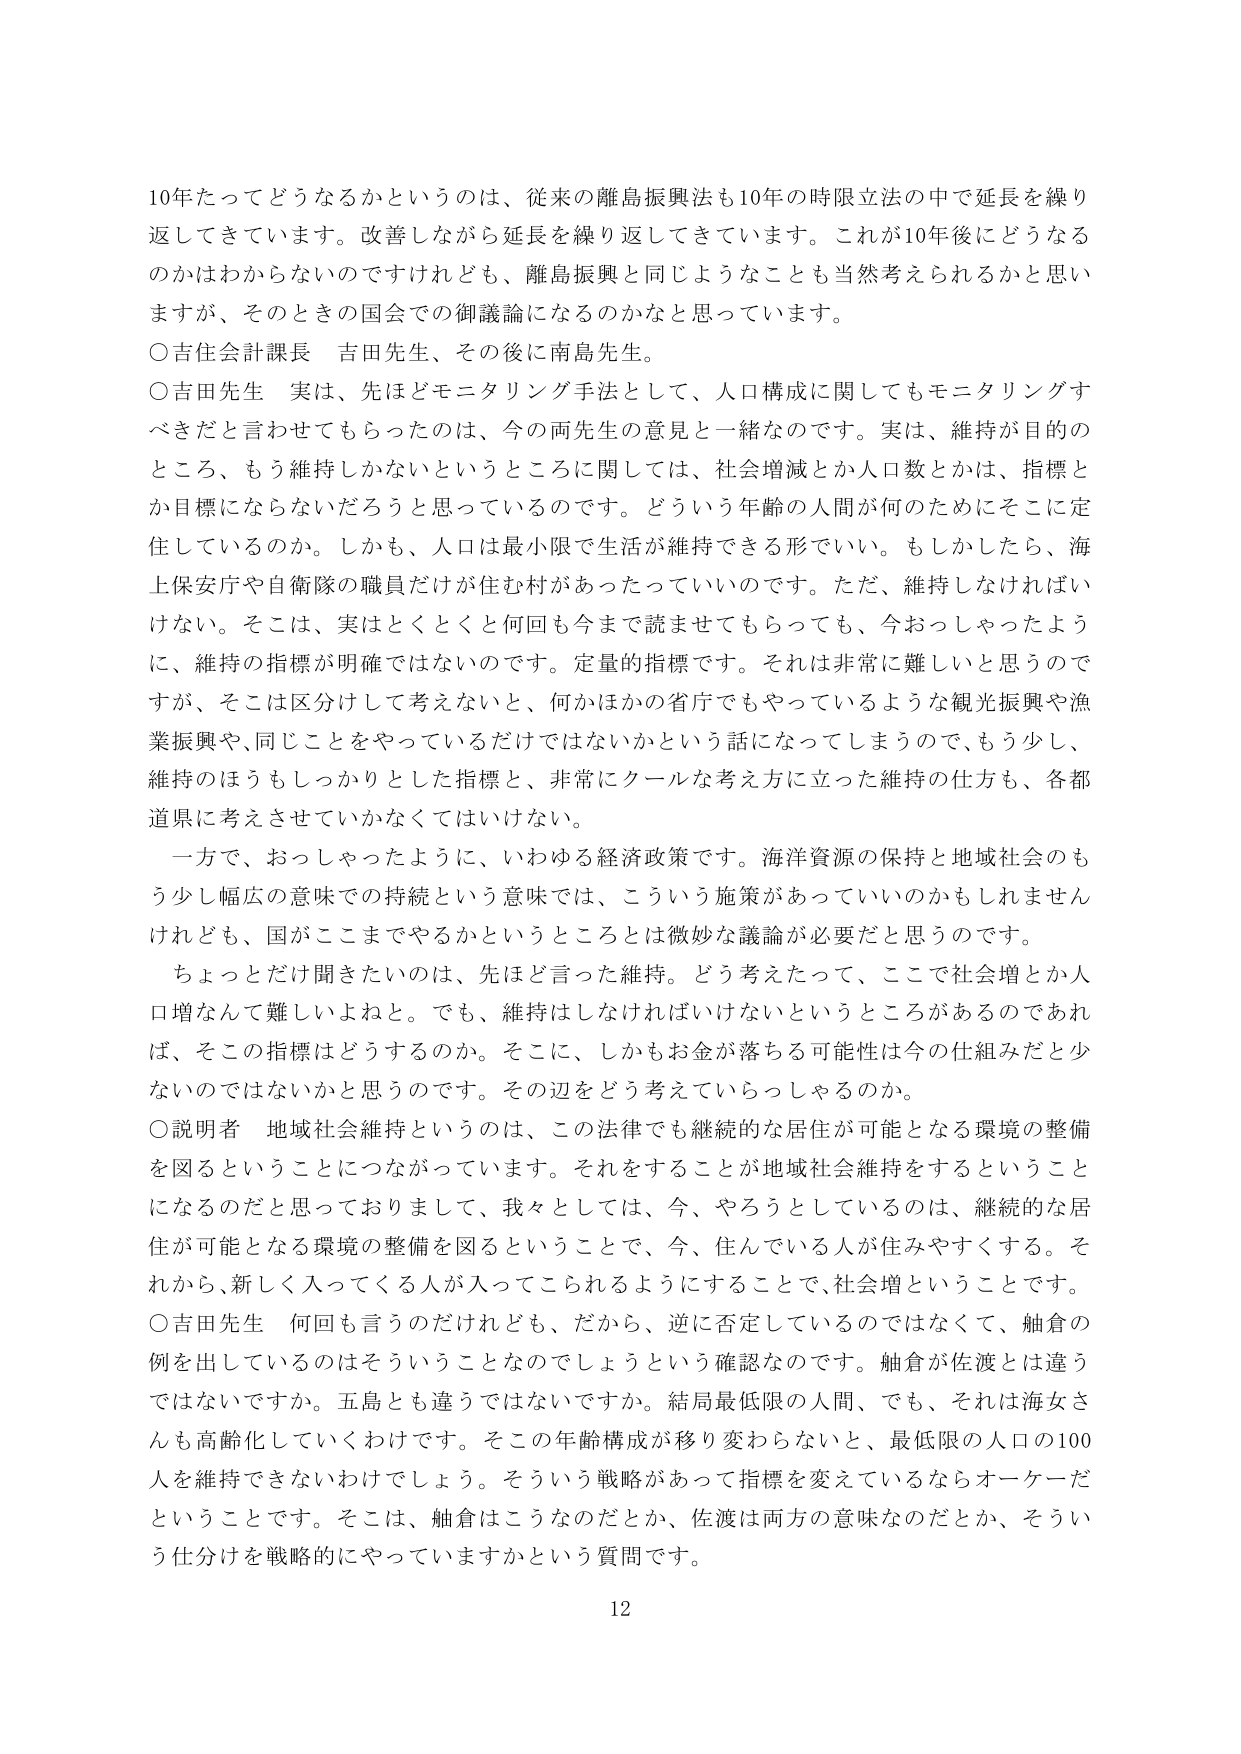
10年たってどうなるかというのは、従来の離島振興法も10年の時限立法の中で延長を繰り返してきています。改善しながら延長を繰り返してきています。これが10年後にどうなるのかはわからないのですけれども、離島振興と同じようなことも当然考えられるかと思いますが、そのときの国会での御議論になるのかなと思っています。

○吉住会計課長 吉田先生、その後に南島先生。

○吉田先生 実は、先ほどモニタリング手法として、人口構成に関してもモニタリングすべきだと言わせてもらったのは、今の両先生の意見と一緒なのです。実は、維持が目的のところ、もう維持しかないというところに関しては、社会増減とか人口数とかは、指標とか目標にならないだろうと思っているのです。どういう年齢の人間が何のためにそこに定住しているのか。しかも、人口は最小限で生活が維持できる形でいい。もしかしたら、海上保安庁や自衛隊の職員だけが住む村があったっていいのです。ただ、維持しなければいけない。そこは、実はとくとくと何回も今まで読ませてもらっても、今おっしゃったように、維持の指標が明確ではないのです。定量的指標です。それは非常に難しいと思うのですが、そこは区分けして考えないと、何かほかの省庁でもやっているような観光振興や漁業振興や、同じことをやっているだけではないかという話になってしまうので、もう少し、維持のほうもしっかりとした指標と、非常にクールな考え方に立った維持の仕方も、各都道県に考えさせていかなくてはいけない。

一方で、おっしゃったように、いわゆる経済政策です。海洋資源の保持と地域社会のもう少し幅広の意味での持続という意味では、こういう施策があっていいのかもしれませんが、国がここまでやるかというところは微妙な議論が必要だと思うのです。

ちょっとだけ聞きたいのは、先ほど言った維持。どう考えたって、ここで社会増とか人口増なんて難しいよねと。でも、維持はしなければいけないというところがあるのであれば、そこの指標はどうするのか。そこに、しかもお金が落ちる可能性は今の仕組みだと少ないのではないかと思うのです。その辺をどう考えていらっしゃるのか。

○説明者 地域社会維持というのは、この法律でも継続的な居住が可能となる環境の整備を図るということにつながっています。それをすることが地域社会維持をするということになるのだと思っておりまして、我々としては、今、やろうとしているのは、継続的な居住が可能となる環境の整備を図るということで、今、住んでいる人が住みやすくする。それから、新しく入ってくる人が入ってこられるようにすることで、社会増ということです。

○吉田先生 何回も言うのだけれども、だから、逆に否定しているのではなくて、舳倉の例を出しているのはそういうことなのでしょうという確認なのです。舳倉が佐渡とは違うではないですか。五島とも違うではないですか。結局最低限の人間、でも、それは海女さんも高齢化していくわけです。そこの年齢構成が移り変わらないと、最低限の人口の100人を維持できないわけでしょう。そういう戦略があって指標を変えているならオーケーだということです。そこは、舳倉はこうなのだとか、佐渡は両方の意味なのだとか、そういう仕分けを戦略的にやっていますかという質問です。

12